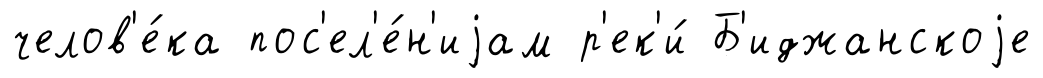
челов'е́ка пос'ел'е́н'иjам р'ек'и́ Б'иджанскоjе